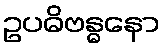
ဥပဓိဗန္ဓနော